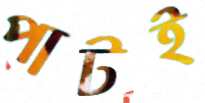
পাটই